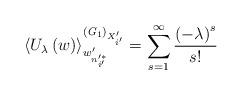
LaTeX: \begin{align*}\left\langle U_{\lambda}\left(w\right)\right\rangle^{\left({\it G}_{1}\right)_{X'_{i'}}}_{w'_{n'^{*}_{i'}}}=\sum^{\infty}_{s=1}\frac{\left(-\lambda \right)^s}{s!}\end{align*}